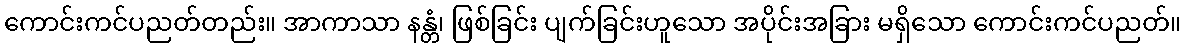
ကောင်းကင်ပညတ်တည်း။ အာကာသာ နန္တံ၊ ဖြစ်ခြင်း ပျက်ခြင်းဟူသော အပိုင်းအခြား မရှိသော ကောင်းကင်ပညတ်။